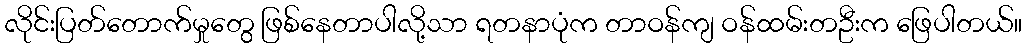
လိုင်းပြတ်တောက်မှုတွေ ဖြစ်နေတာပါလို့သာ ရတနာပုံက တာဝန်ကျ ဝန်ထမ်းတဦးက ဖြေပါတယ်။